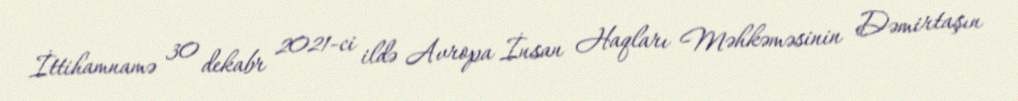
İttihamnamə 30 dekabr 2021-ci ildə Avropa İnsan Haqları Məhkəməsinin Dəmirtaşın